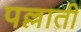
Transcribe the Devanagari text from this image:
पल्लाती